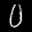
Label: 0